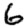
Digit: 6